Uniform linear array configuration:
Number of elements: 4
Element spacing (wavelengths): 1
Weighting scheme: cosine
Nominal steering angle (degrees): -30
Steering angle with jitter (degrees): -31.054
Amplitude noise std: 0.05
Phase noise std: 0.05

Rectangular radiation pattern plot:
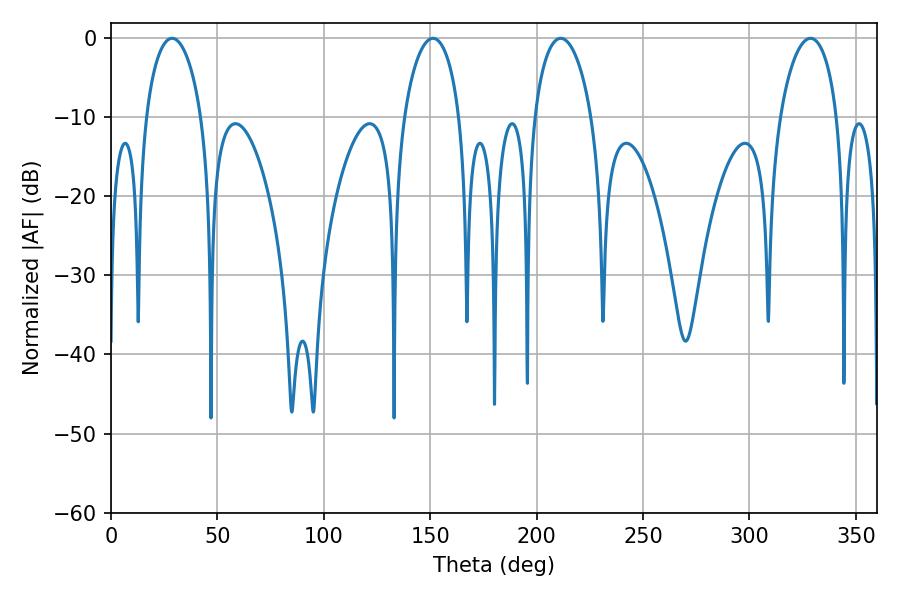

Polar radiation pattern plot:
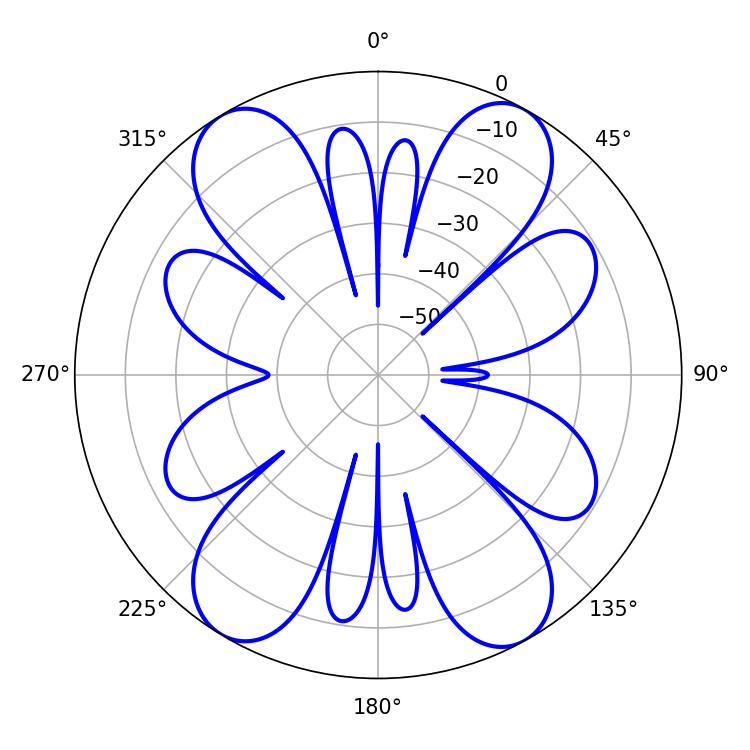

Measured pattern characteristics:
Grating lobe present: TRUE
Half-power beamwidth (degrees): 15.48
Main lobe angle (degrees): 211.32